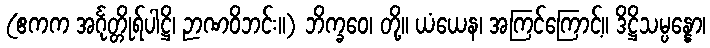
(ဧကက အင်္ဂုတ္တိုရ်ပါဋ္ဌိ၊ ဉာဏဝိဘင်း။) ဘိက္ခဝေ၊ တို့။ ယံယေန၊ အကြင်ကြောင့်။ ဒိဋ္ဌိသမ္ပန္နော၊